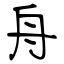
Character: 舟